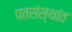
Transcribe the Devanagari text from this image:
पतसंस्थांत